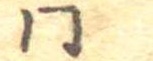
同